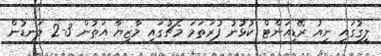
ލީގުގައި ނިއު ރޭޑިއަންޓް ކުޅުނު ފުރަތަމަ މެޗުގައި މާޒިޔާ އަތުން 3-2 ލަނޑުން